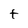
Character: t